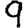
Digit: 9